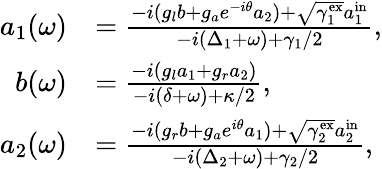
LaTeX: \begin{array}{rl}{a_{1}(\omega)}&{=\frac{-i(g_{l}b+g_{a}e^{-i\theta}a_{2})+\sqrt{\gamma_{1}^{\mathrm{ex}}}a_{1}^{\mathrm{in}}}{-i(\Delta_{1}+\omega)+\gamma_{1}/2},}\\ {b(\omega)}&{=\frac{-i(g_{l}a_{1}+g_{r}a_{2})}{-i(\delta+\omega)+\kappa/2},}\\ {a_{2}(\omega)}&{=\frac{-i(g_{r}b+g_{a}e^{i\theta}a_{1})+\sqrt{\gamma_{2}^{\mathrm{ex}}}a_{2}^{\mathrm{in}}}{-i(\Delta_{2}+\omega)+\gamma_{2}/2},}\end{array}